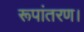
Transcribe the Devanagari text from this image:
रूपांतरण।